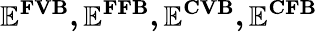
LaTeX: \mathbf{\mathbb{E}^{FVB},\mathbb{E}^{FFB},\mathbb{E}^{CVB},\mathbb{E}^{CFB}}